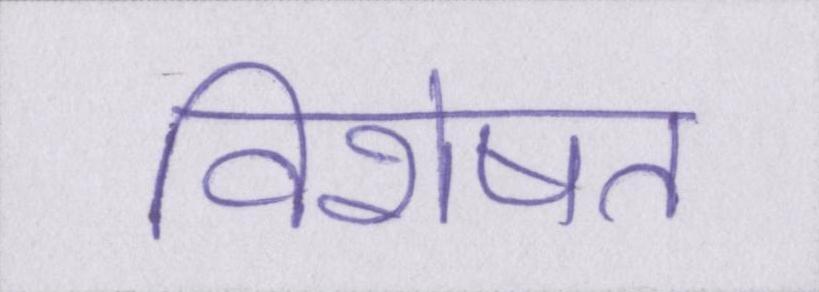
विशेषत